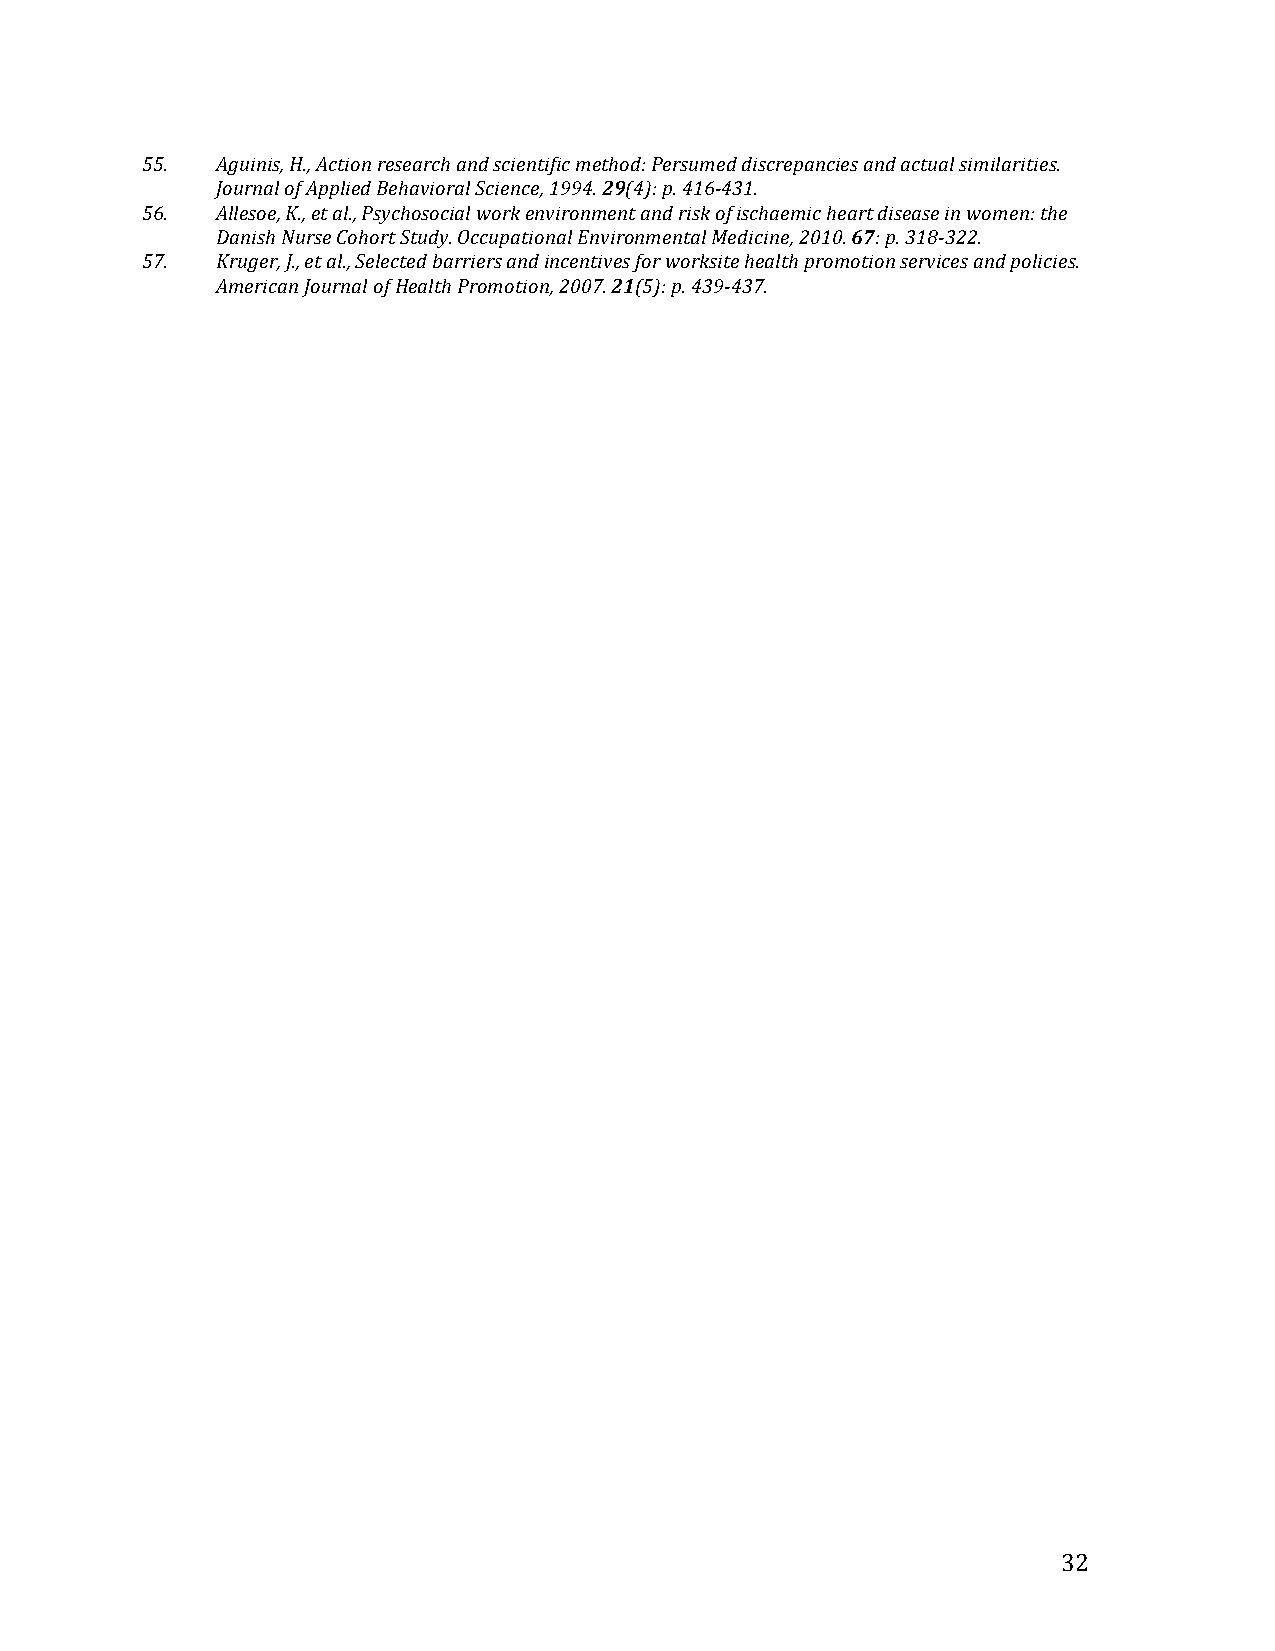
55.$ Aguinis,$H.,$Action$research$and$scientific$method:$Persumed$discrepancies$and$actual$similarities.$
 Journal$of$Applied$Behavioral$Science,$1994.$29(4):$p.$416b431.$
 56.$ Allesoe,$K.,$et$al.,$Psychosocial$work$environment$and$risk$of$ischaemic$heart$disease$in$women:$the$
 Danish$Nurse$Cohort$Study.$Occupational$Environmental$Medicine,$2010.$67:$p.$318b322.$
 57.$ Kruger,$J.,$et$al.,$Selected$barriers$and$incentives$for$worksite$health$promotion$services$and$policies.$
 American$Journal$of$Health$Promotion,$2007.$21(5):$p.$439b437.$
 $
 $
 $                   $
 !                                                            32!